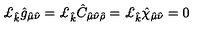
\pounds _ { \hat { k } } \hat { g } _ { \hat { \mu } \hat { \nu } } = \pounds _ { \hat { k } } \hat { C } _ { \hat { \mu } \hat { \nu } \hat { \rho } } = \pounds _ { \hat { k } } \hat { \chi } _ { \hat { \mu } \hat { \nu } } = 0